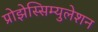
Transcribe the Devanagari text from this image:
प्रोझेस्सिम्युलेशन